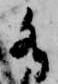
水